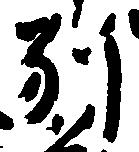
別